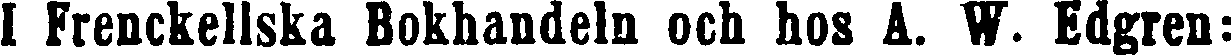
I Frenckellska Bokhandeln och hos A. W. Edgren: